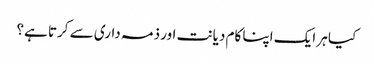
کیا ہر ایک اپنا کام دیانت اور ذمہ داری سے کرتا ہے؟